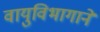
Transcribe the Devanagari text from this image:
वायुविभागाने